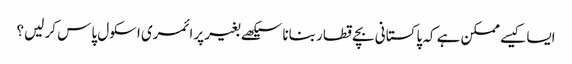
ایسا کیسے ممکن ہے کہ پاکستانی بچے قطار بنانا سیکھے بغیر پرائمری اسکول پاس کر لیں؟